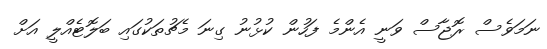
ނަމަވެސް ރޮޖާސް ވަނީ އެންމެ ފަހުން ކުޅުނު ގިނަ މެޗުތަކުގައި ބަލޮޓެއްލީ އަށް